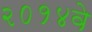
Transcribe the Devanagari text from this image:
२०१४वे